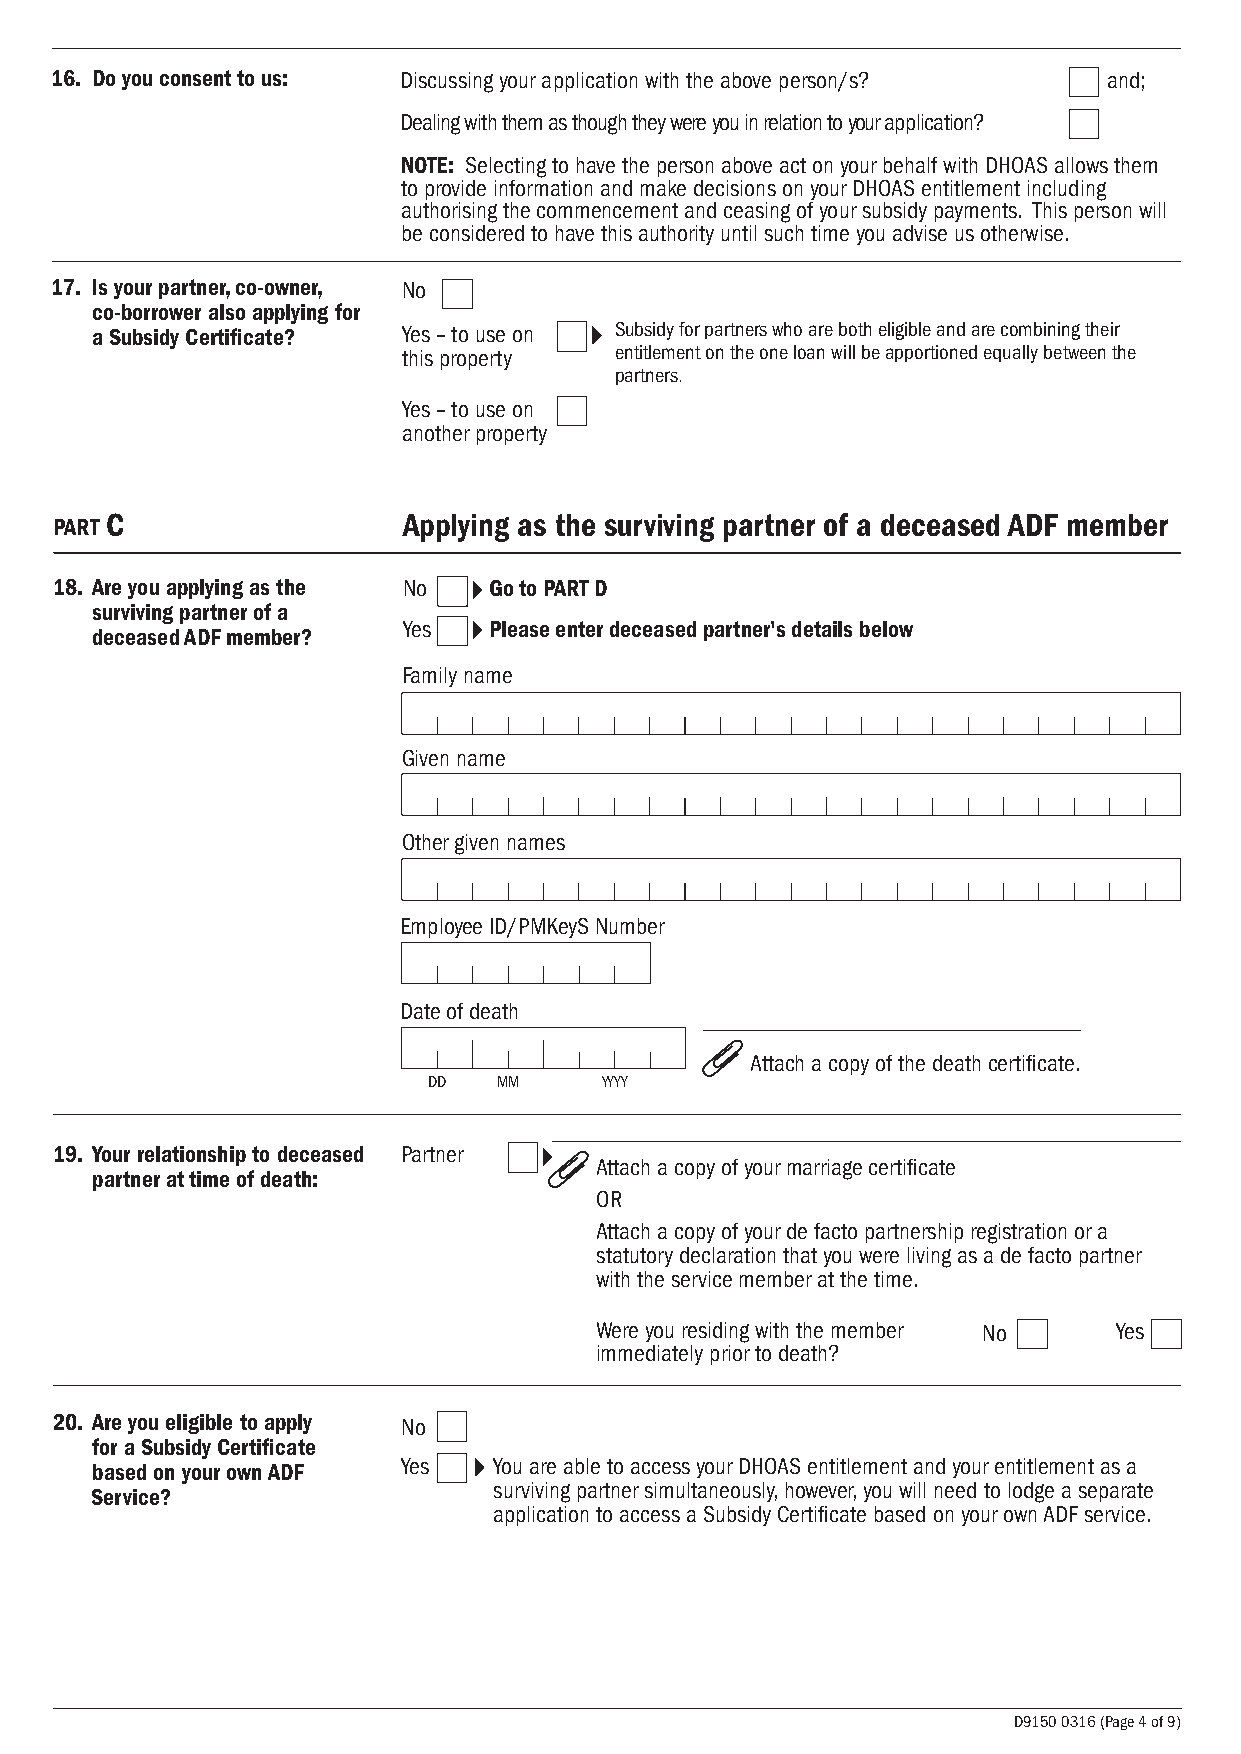
16. Do you consent to us: Discussing your application with the above person/s? and;
 Dealing with them as though they were you in relation to your application?
 NOTE: Selecting to have the person above act on your behalf with DHOAS allows them
 to provide information and make decisions on your DHOAS entitlement including
 authorising the commencement and ceasing of your subsidy payments. This person will
 be considered to have this authority until such time you advise us otherwise.
 17. Is your partner, co-owner, No
 co-borrower also applying for
 a Subsidy Certificate? Yes – to use on Subsidy for partners who are both eligible and are combining their
 this property entitlement on the one loan will be apportioned equally between the
 partners.
 Yes – to use on
 another property
 PART C                 Applying as the surviving partner of a deceased ADF member
 18. Are you applying as the No Go to PART D
 surviving partner of a
 Yes  Please enter deceased partner's details below
 deceased ADF member?
 Family name
 Given name
 Other given names
 Employee ID/PMKeyS Number
 Date of death
 Attach a copy of the death certificate.
 DD   MM     YYYY
 19. Your relationship to deceased Partner
 Attach a copy of your marriage certificate
 partner at time of death:
 OR
 Attach a copy of your de facto partnership registration or a
 statutory declaration that you were living as a de facto partner
 with the service member at the time.
 Were you residing with the member No Yes
 immediately prior to death?
 20. Are you eligible to apply No
 for a Subsidy Certificate
 based on your own ADF Yes  You are able to access your DHOAS entitlement and your entitlement as a
 surviving partner simultaneously, however, you will need to lodge a separate
 Service?
 application to access a Subsidy Certificate based on your own ADF service.
 D9150 0316 (Page 4 of 9)